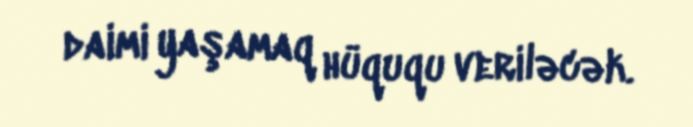
daimi yaşamaq hüququ veriləcək.